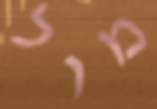
מול